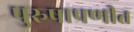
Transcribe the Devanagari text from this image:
पुरुषाप्रणीत